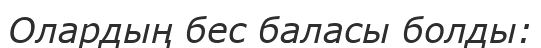
Олардың бес баласы болды: